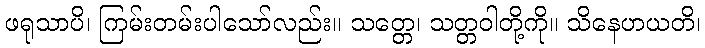
ဖရုသာပိ၊ ကြမ်းတမ်းပါသော်လည်း။ သတ္တေ၊ သတ္တဝါတို့ကို။ သိနေဟယတိ၊